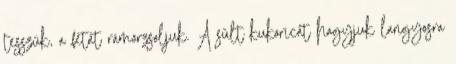
tesszük, a fetát rámorzsoljuk. A sült kukoricát hagyjuk langyosra